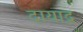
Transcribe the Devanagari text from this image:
दायाद्र